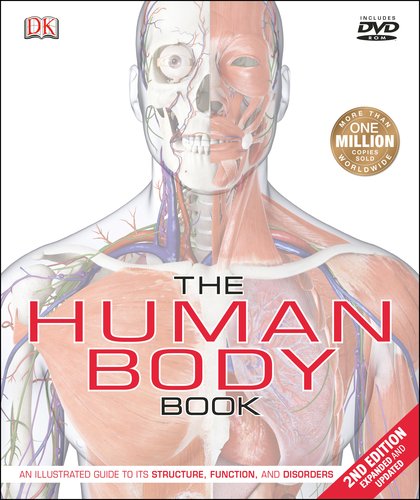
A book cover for The Human Body Book (Second Edition); Steve Parker; Science & Math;